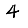
Digit: 4